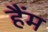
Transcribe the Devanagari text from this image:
हैंम